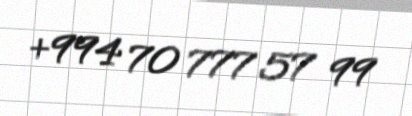
+994 70 777 57 99